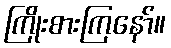
ကြိုးစားကြနော်။